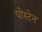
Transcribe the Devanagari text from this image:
पोस्टेन